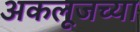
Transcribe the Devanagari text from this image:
अकलूजच्या